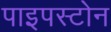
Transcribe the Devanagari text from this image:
पाइपस्टोन